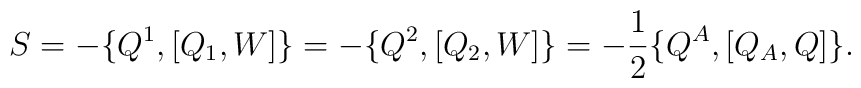
S=-\{Q^1, [Q_1, W]\}=-\{Q^2, [Q_2, W]\}=- \frac{1}{2}\{Q^A, [ Q_A, Q]\}.